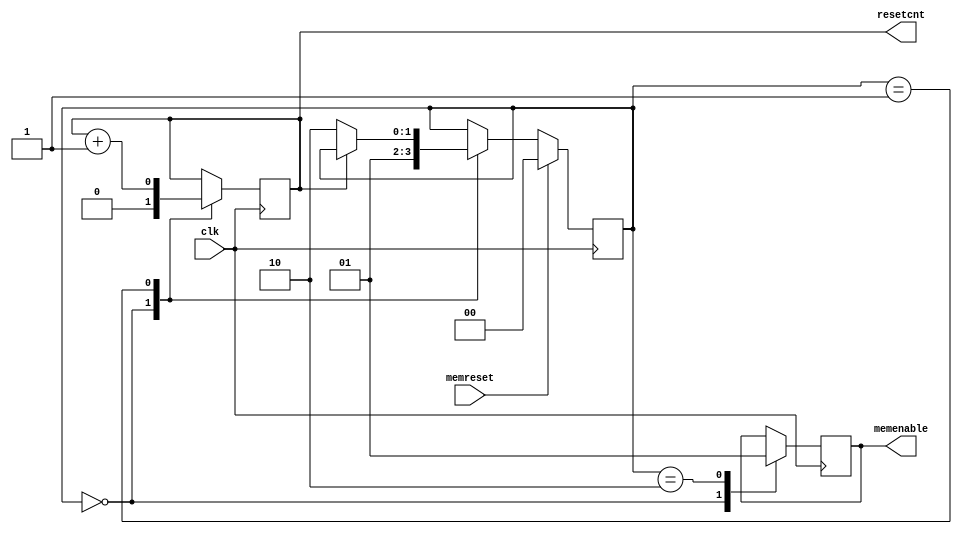
module memsyncreset
#( parameter ADDR_WIDTH=0,
				 RAMLENGTH=0
)
(
	input clk, memreset,
	output [ADDR_WIDTH:0] resetcnt,
	output reg memenable
); 

reg [1:0]               stp;
//counter for syncronyous memreset
reg [ADDR_WIDTH:0]  counter;//='d800;


    always @(posedge clk) begin
        
        case( stp )

        0: begin
            memenable <= 0;
            counter <= '0;
            stp <= 1;
        end

        1: begin
            counter <= counter + 1;
            if( counter == RAMLENGTH )
                stp <= 2;
        end

        2: begin
          
            memenable <= 1;
        end

        endcase

        if( memreset )
            stp <= 0;

    end
	 
	 assign resetcnt=counter;

endmodule